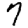
Digit: 7